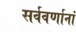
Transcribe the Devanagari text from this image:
सर्ववर्णानां